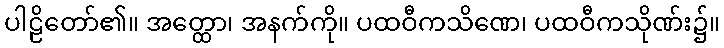
ပါဠိတော်၏။ အတ္ထော၊ အနက်ကို။ ပထဝီကသိဏေ၊ ပထဝီကသိုဏ်း၌။